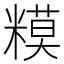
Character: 糢